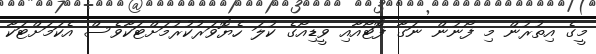
މީގެ އިތުރުން މި ފޯނުން ނަގާ ފޮޓޯއާއި ވީޑިއޯގެ ކުލަ ހެޔޮވަރުކުރުމަށްޓަކާވެސް އެކަމަށްޓަކާ